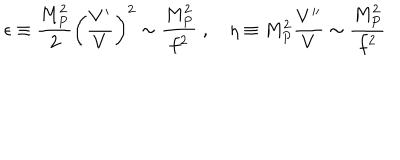
LaTeX: \epsilon \equiv \frac { M _ { P } ^ { 2 } } { 2 } \left( \frac { V ^ { \prime } } { V } \right) ^ { 2 } \sim \frac { M _ { P } ^ { 2 } } { f ^ { 2 } } \; , \quad \eta \equiv M _ { P } ^ { 2 } \frac { V ^ { \prime \prime } } { V } \sim \frac { M _ { P } ^ { 2 } } { f ^ { 2 } }